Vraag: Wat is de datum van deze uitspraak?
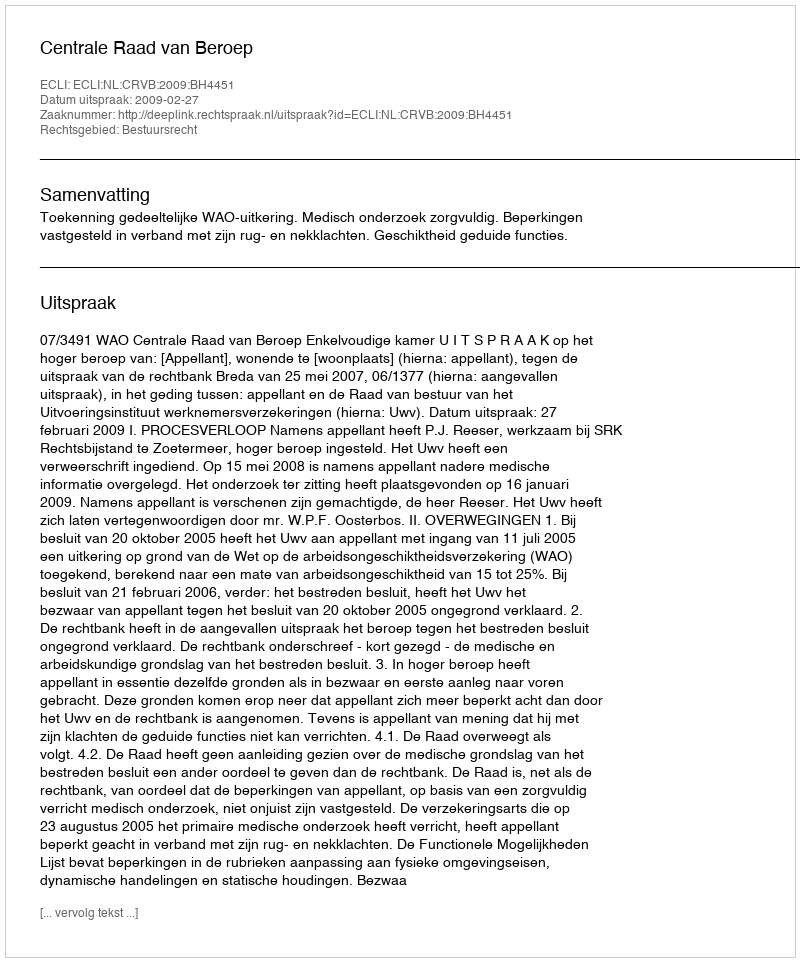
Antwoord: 2009-02-27